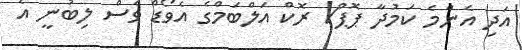
އަދި އެންމެ ކަމުދާ ޕޮޕް/ ރޮކް އަލްބަމްގެ އެވޯޑް ވެސް ލިބުނީ އެ